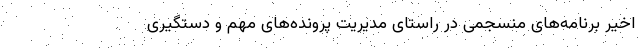
اخیر برنامه‌های منسجمی در راستای مدیریت پرونده‌های مهم و دستگیری